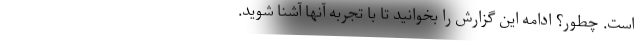
است. چطور؟ ادامه این گزارش را بخوانید تا با تجربه آنها آشنا شوید.